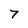
Character: 7